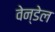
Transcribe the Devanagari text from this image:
वेन्डेल